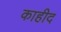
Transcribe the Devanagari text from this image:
काहीद